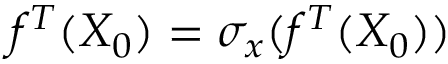
f ^ { T } ( X _ { 0 } ) = \sigma _ { x } ( f ^ { T } ( X _ { 0 } ) )